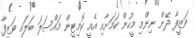
ވަޒީފާ ދޭން ނިންމި މީހުން ކަަމަށާއި އެއީ ކޮމިޓީން މައްސަލަ ބަލައި ވަޒީފާ